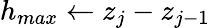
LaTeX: h_{max}\leftarrow z_{j}-z_{j-1}